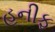
હનીફ